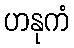
ဟနုကံ